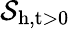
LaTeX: \mathcal{S}_{\mathrm{{h,t>0}}}